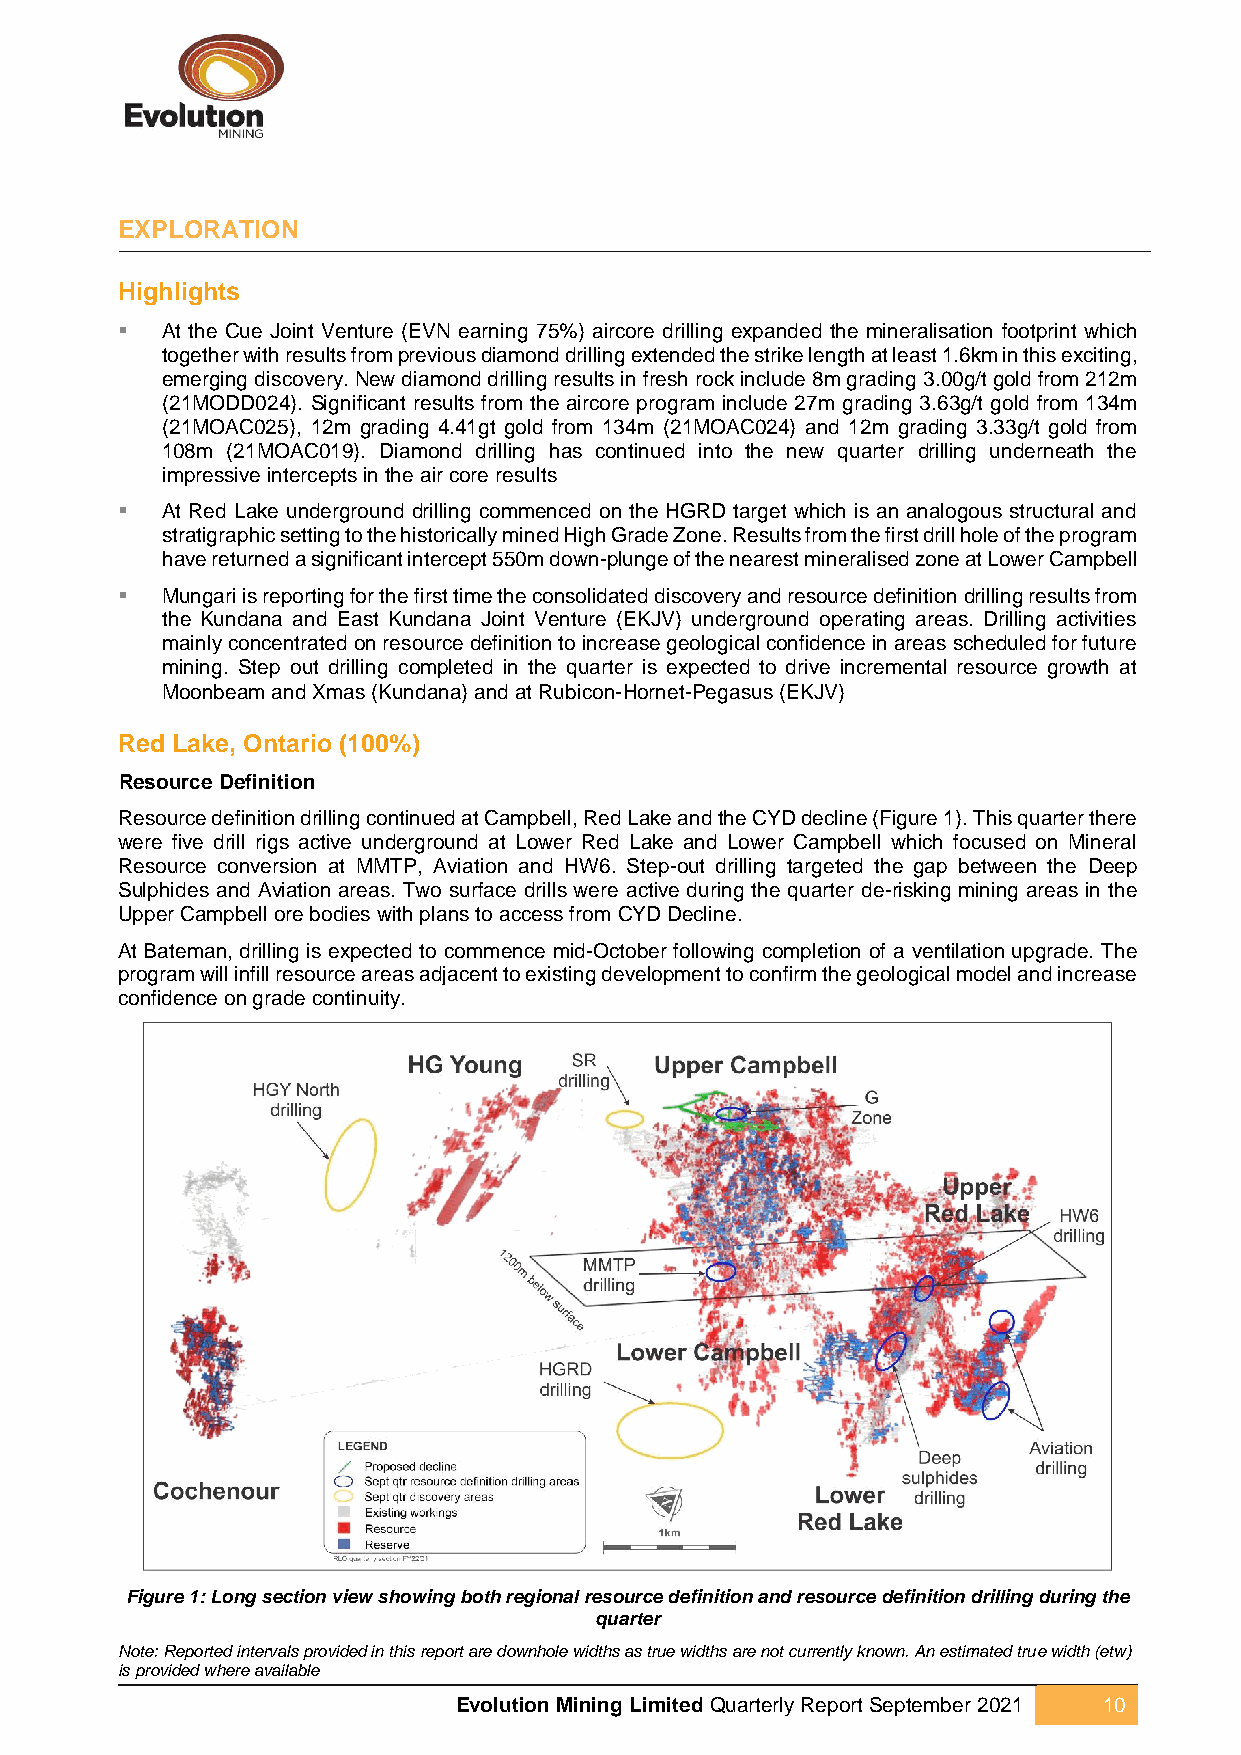
EXPLORATION
 Highlights
 ▪  At the Cue Joint Venture (EVN earning 75%) aircore drilling expanded the mineralisation footprint which
 together with results from previous diamond drilling extended the strike length at least 1.6km in this exciting,
 emerging discovery. New diamond drilling results in fresh rock include 8m grading 3.00g/t gold from 212m
 (21MODD024). Significant results from the aircore program include 27m grading 3.63g/t gold from 134m
 (21MOAC025), 12m grading 4.41gt gold from 134m (21MOAC024) and 12m grading 3.33g/t gold from
 108m (21MOAC019). Diamond drilling has continued into the new quarter drilling underneath the
 impressive intercepts in the air core results
 ▪  At Red Lake underground drilling commenced on the HGRD target which is an analogous structural and
 stratigraphic setting to the historically mined High Grade Zone. Results from the first drill hole of the program
 have returned a significant intercept 550m down-plunge of the nearest mineralised zone at Lower Campbell
 ▪  Mungari is reporting for the first time the consolidated discovery and resource definition drilling results from
 the Kundana and East Kundana Joint Venture (EKJV) underground operating areas. Drilling activities
 mainly concentrated on resource definition to increase geological confidence in areas scheduled for future
 mining. Step out drilling completed in the quarter is expected to drive incremental resource growth at
 Moonbeam and Xmas (Kundana) and at Rubicon-Hornet-Pegasus (EKJV)
 Red Lake, Ontario (100%)
 Resource Definition
 Resource definition drilling continued at Campbell, Red Lake and the CYD decline (Figure 1). This quarter there
 were five drill rigs active underground at Lower Red Lake and Lower Campbell which focused on Mineral
 Resource conversion at MMTP, Aviation and HW6. Step-out drilling targeted the gap between the Deep
 Sulphides and Aviation areas. Two surface drills were active during the quarter de-risking mining areas in the
 Upper Campbell ore bodies with plans to access from CYD Decline.
 At Bateman, drilling is expected to commence mid-October following completion of a ventilation upgrade. The
 program will infill resource areas adjacent to existing development to confirm the geological model and increase
 confidence on grade continuity.
 Figure 1: Long section view showing both regional resource definition and resource definition drilling during the
 quarter
 Note: Reported intervals provided in this report are downhole widths as true widths are not currently known. An estimated true width (etw)
 is provided where available
 Evolution Mining Limited Quarterly Report September 2021 10